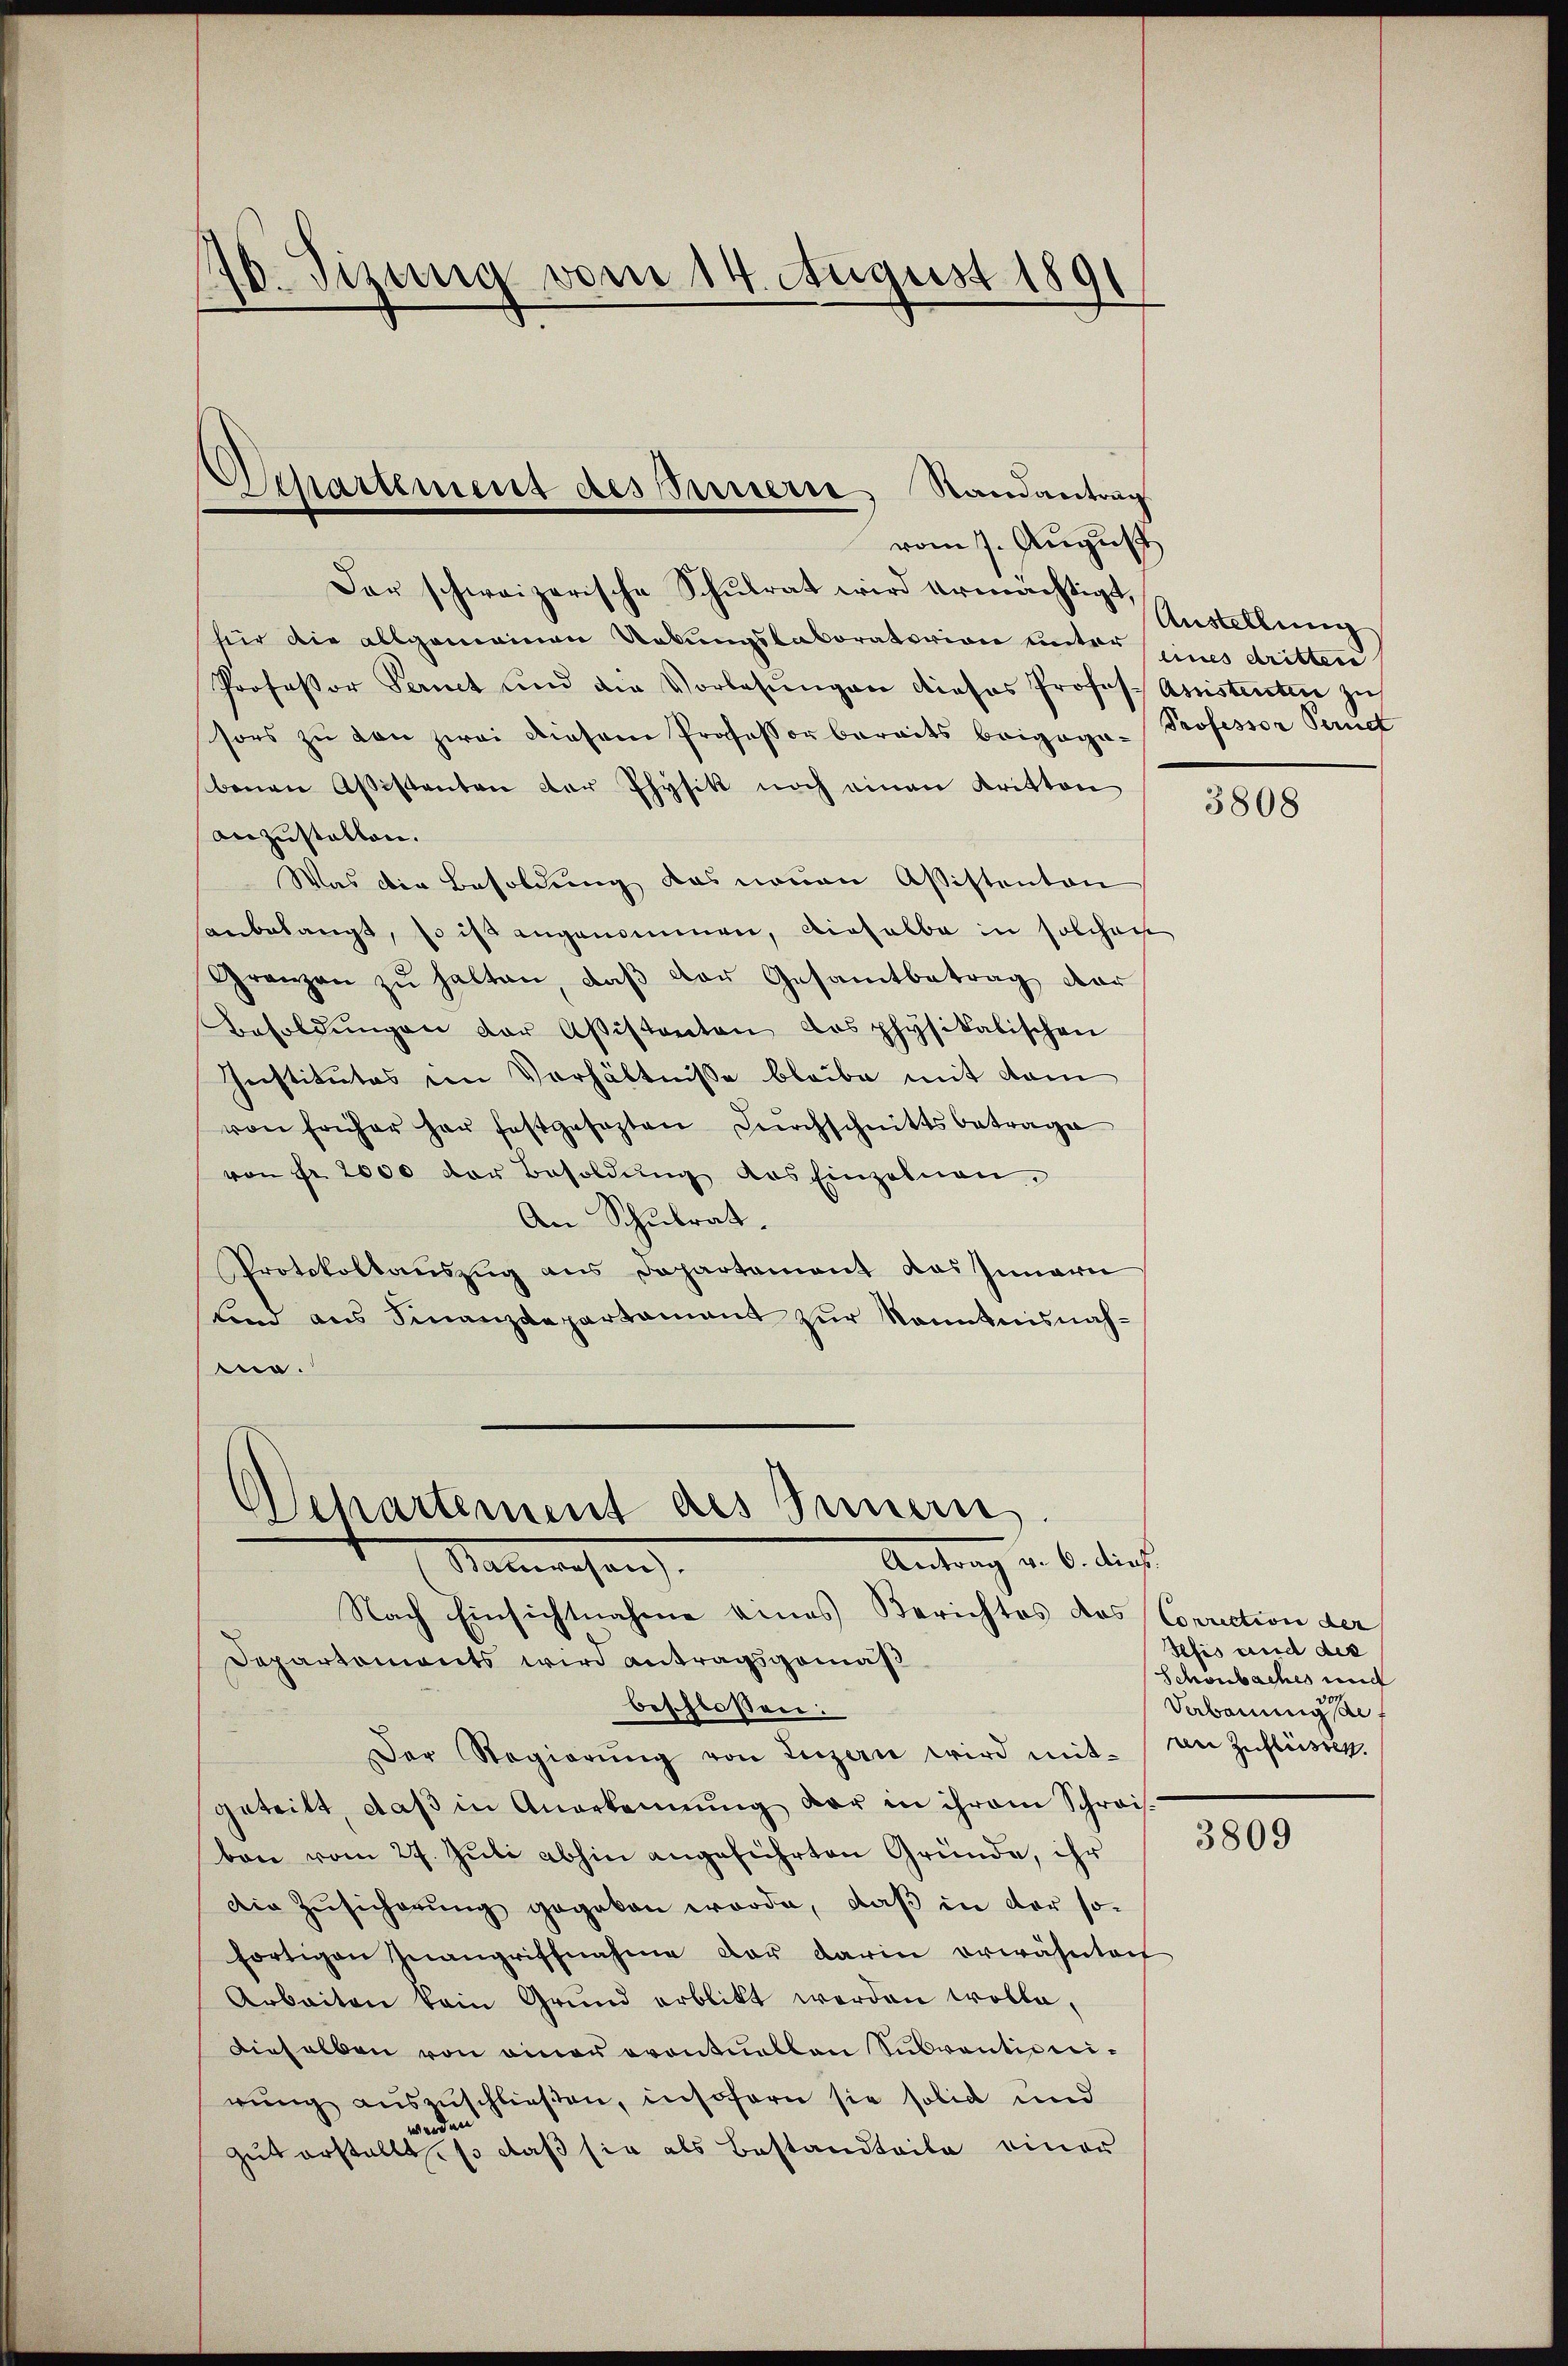
10. Sizung vom 14. August 1891

Der schweizerische Schulrat wird ermächtigt,
hier die allgemeinen Uebungslaboratorion unter eines dritten
Professor Pernet und die Vorlesungen dieses Profes Assistenten zu
sors zŭ von zwei diesem Professor bereits beigaga-Professor Pend
benen Aßistenten der Physik noch einen Kritten
anzustallen.
Was die Besoldung das neuen Aßistenten
hanbelangt, so ist angenommen, dieselbe in solchen
Granzen zŭ halten, daβ der Gesamtbetrag der
Besoldŭngen der Aßistenten das physikalischen
Institutes im Verhältnisse bleibe mit dem
von früher her festgesezten Dŭrchschnittsbetrage
von Fr. 2000 der Besoldŭng des Einzelnen,
An Schulrat.
Protokollauszug aus Departement das Innern
fand aus Finanzdepartament zur Kenntnisnah¬
.

Separtement des Innere Randantrag
vom 7. August

Separtement des Innern.
Antrag v. 6. dies
Materwesen.

Austellung

Nach Einsichtnahme eines Berichtes das Correction der
Departemonts wird antragsgemäß
beschloßen:
Der Regierŭng von Luzern wird mit von Zŭflüstet.
getritt daβ in Anerkennung der in ihrem Schreis-
bare vom 27. Juli abhin angeführten Gründe, ihr
Die Zusicherung gegeben werde, daß in der so-
fortigen Inangriffnahme der darin erwähntert
Arbeiten kein Grŭnd erblikt werden wolle,
Dieselben von einer eventuellen Subventionirŭng auszuschließen, insofern sie solid und
werden
gut erstellt, so daß sie als Bestandteile einer

3808

Pesis und des
Schönbaches und
Verbauungs

3809